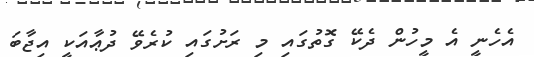
އެހެނީ އެ މީހުން ދެކޭ ގޮތުގައި މި ރަށުގައި ކުރެވޭ ދުޢާއަކީ އިޖާބަ